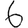
Digit: 6